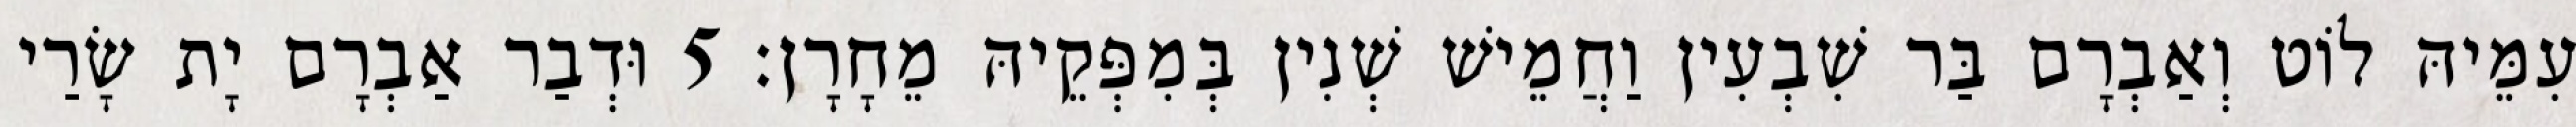
עִמֵּיהּ לוֹט וְאַבְרָם בַּר שִׁבְעִין וַחֲמֵישׁ שְׁנִין בְּמִפְּקֵיהּ מֵחָרָן׃ 5 וּדְבַר אַבְרָם יָת שָׂרַי